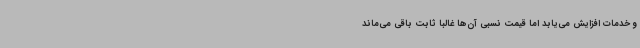
و خدمات افزایش می‌یابد اما قیمت نسبی آن‌ها غالباً ثابت باقی می‌ماند